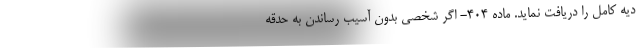
دیه کامل را دریافت نماید. ماده ۴۰۴- اگر شخصی بدون آسیب رساندن به حدقه